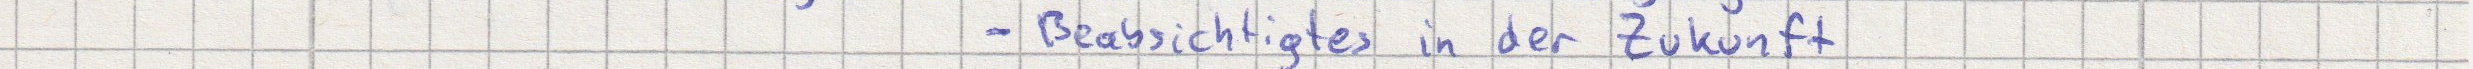
- Beabsichtigtes in der Zukunft